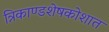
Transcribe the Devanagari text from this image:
त्रिकाण्डशेषकोशात